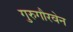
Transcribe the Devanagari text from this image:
गुरुगौरवेन